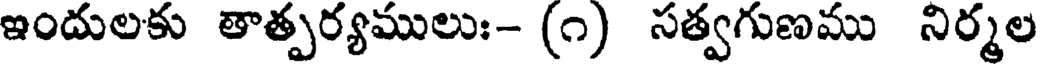
ఇందులకు తాత్పర్యములుః- (౧) సత్వగుణము నిర్మల